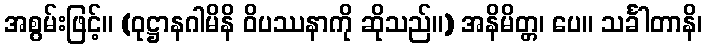
အစွမ်းဖြင့်။ (ဝုဋ္ဌာနဂါမိနိ ဝိပဿနာကို ဆိုသည်။) အနိမိတ္တ၊ ပေ။ သင်္ခါတာနိ၊